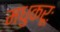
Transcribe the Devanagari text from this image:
मधुकरूः